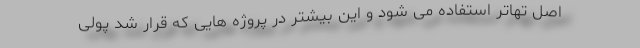
اصل تهاتر استفاده می شود و این بیشتر در پروژه هایی که قرار شد پولی